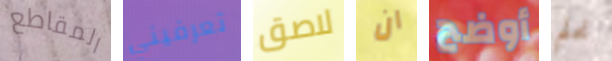
المقاطع تعرفيني لاصق ان أوضح نحلم